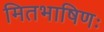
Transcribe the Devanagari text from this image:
मितभाषिणः